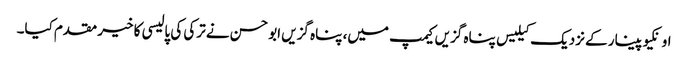
اونکیوپینار کے نزدیک کیلیس پناہ گزیں کیمپ میں، پناہ گزیں ابو حسن نے ترکی کی پالیسی کا خیر مقدم کیا۔